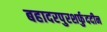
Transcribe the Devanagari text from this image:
बहादरपुरशर्फुददीन